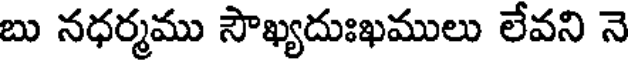
బు నధర్మము సౌఖ్యదుఃఖములు లేవని నె